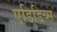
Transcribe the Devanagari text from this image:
एडिडिव्स